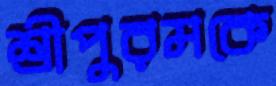
শ্রীপুরমকে